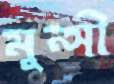
মুন্সী